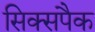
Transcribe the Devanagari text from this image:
सिक्सपैक